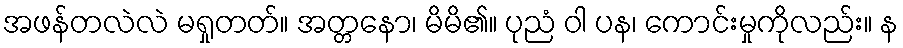
အဖန်တလဲလဲ မရှုတတ်။ အတ္တနော၊ မိမိ၏။ ပုညံ ဝါ ပန၊ ကောင်းမှုကိုလည်း။ န